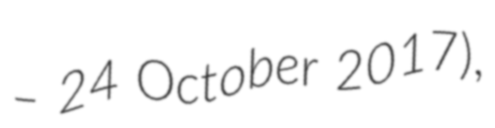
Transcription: – 24 October 2017),